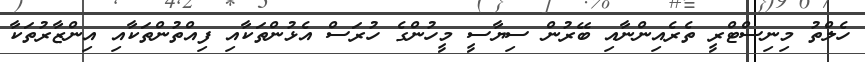
ހެލްތު މިނިސްޓްރީ ތެރެއިންނާއި ބޭރުން ސިޔާސީ މީހުންގެ ހުރަސް އެޅުންތަކާއި ފިއްތުންތަކާއި އިންޒާރުތަކާ